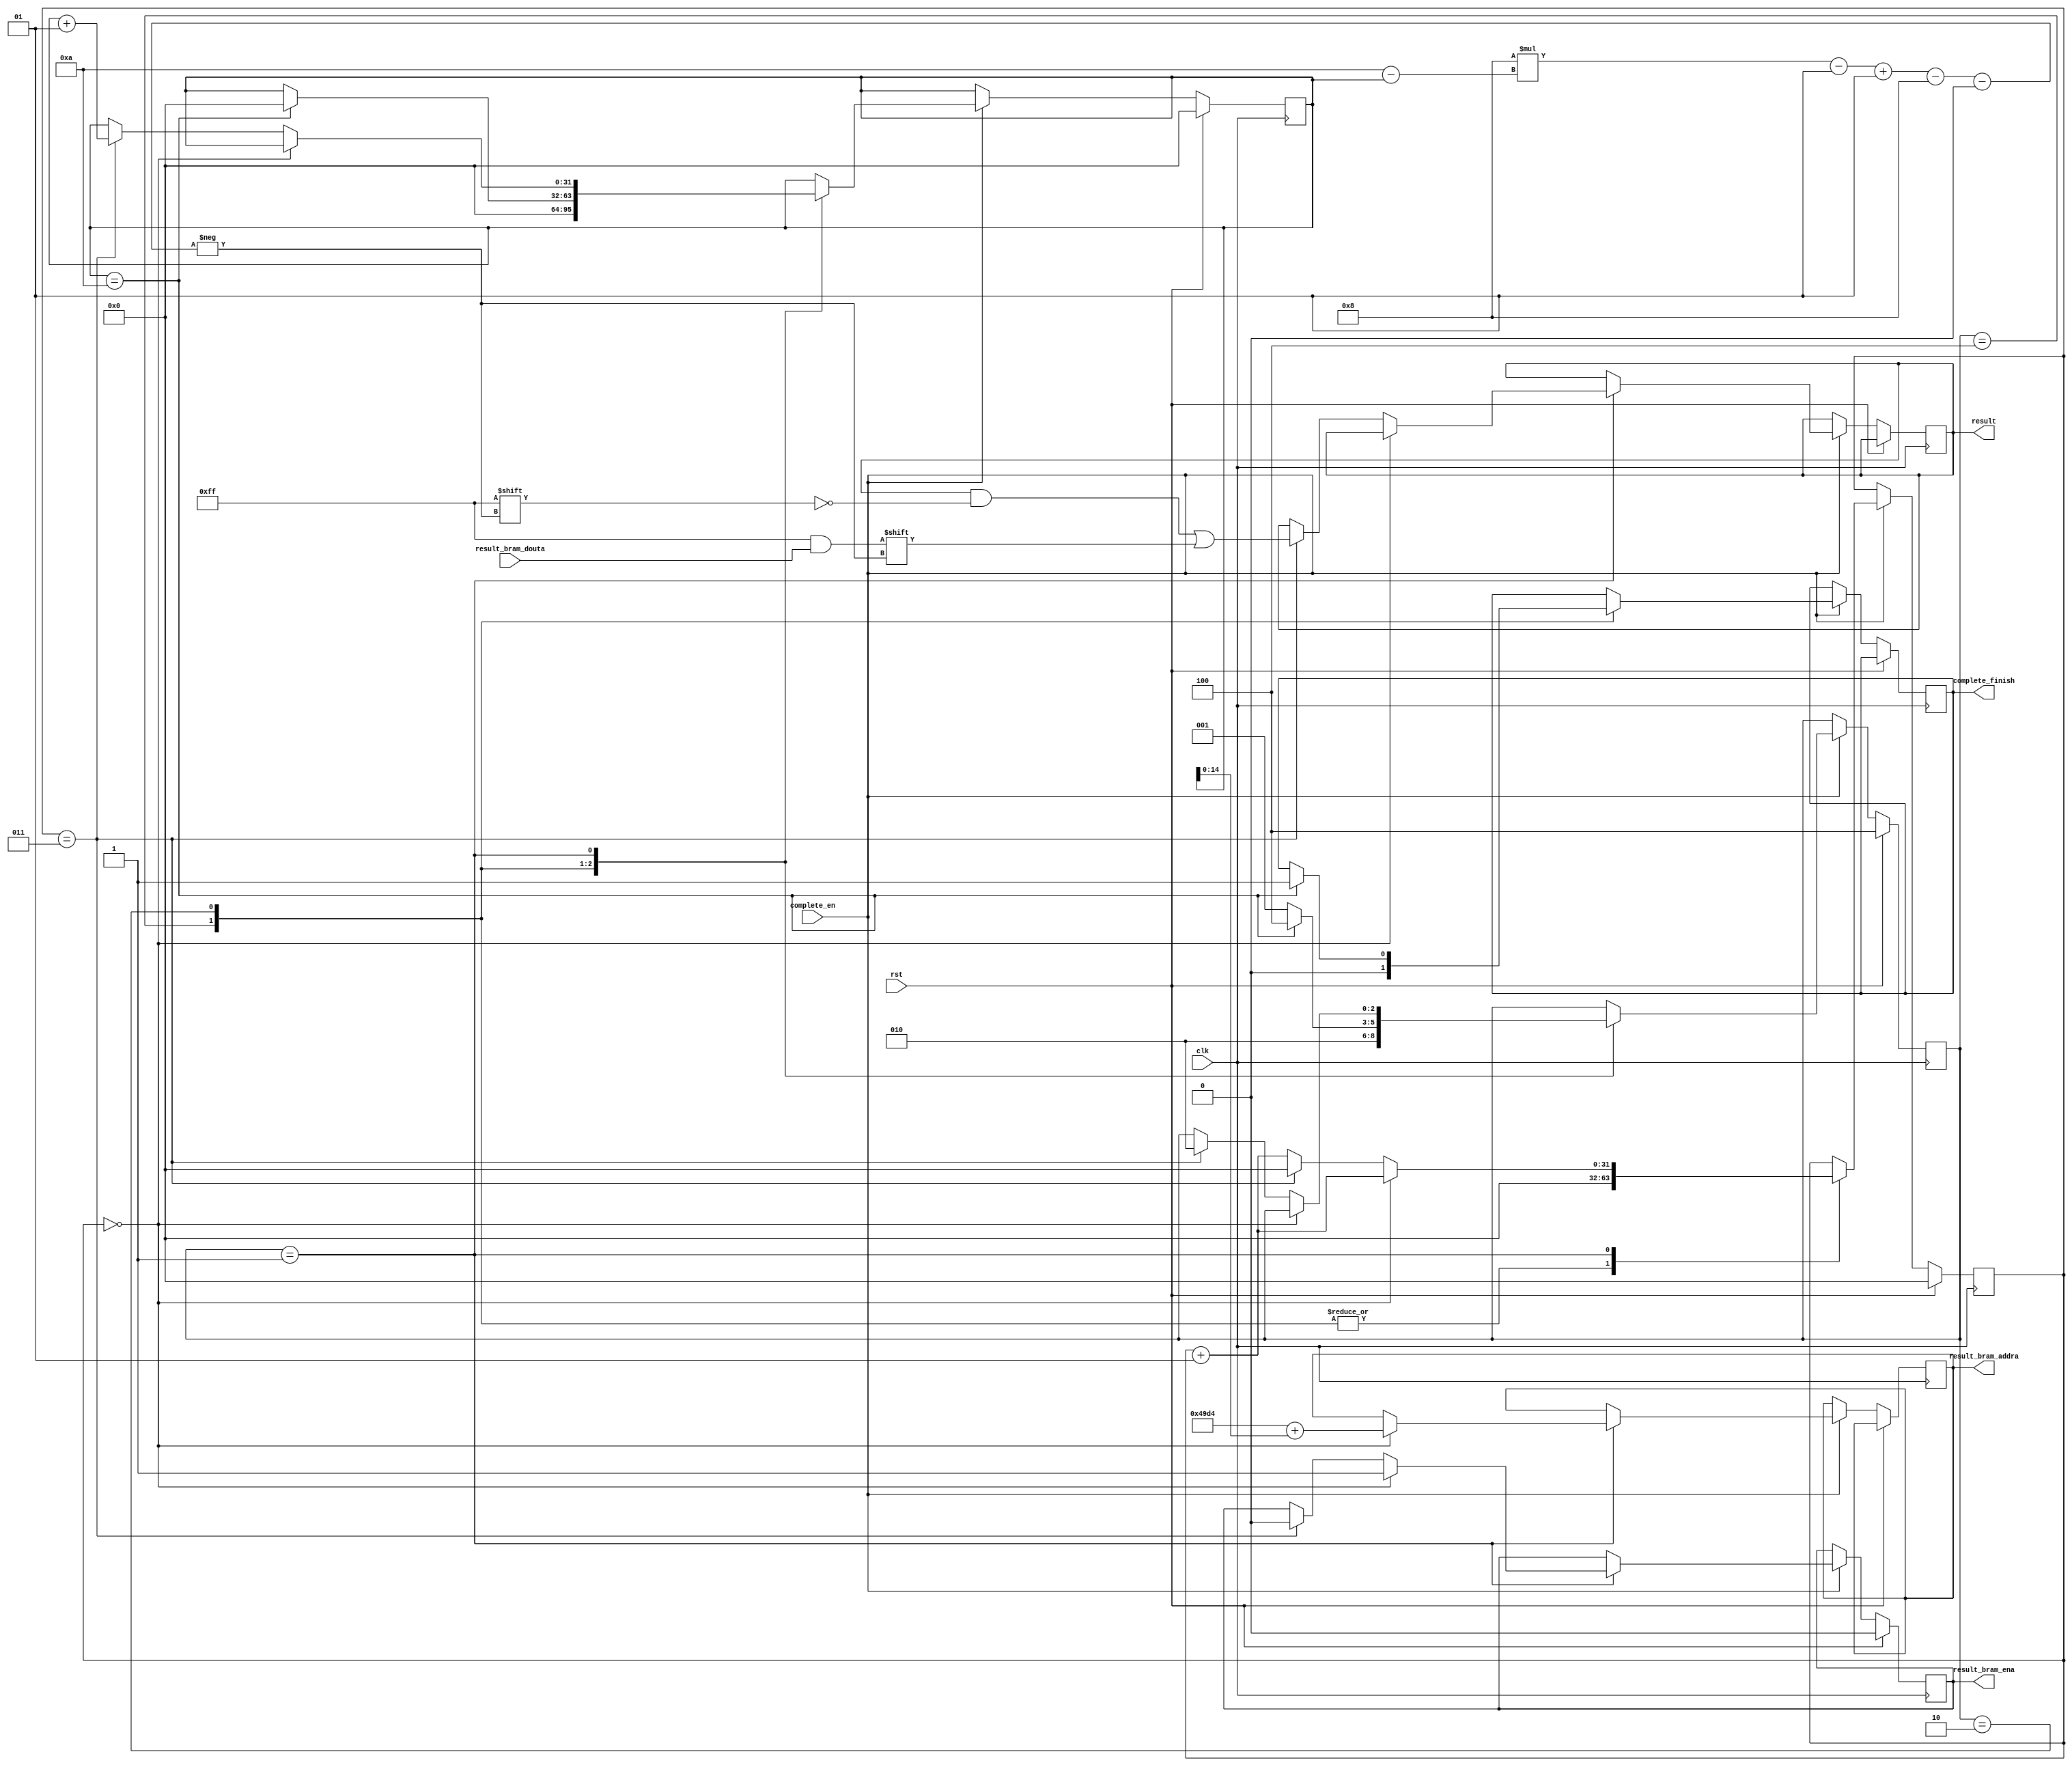
`timescale 1ns / 1ps
//////////////////////////////////////////////////////////////////////////////////
// Company: 
// Engineer: 
// 
// Design Name: 
// Module Name: complete
// Project Name: 
// Target Devices: 
// Tool Versions: 
// Description: 
// 
// Dependencies: 
// 
// Revision:
// Revision 0.01 - File Created
// Additional Comments:
// 
//////////////////////////////////////////////////////////////////////////////////

`define OUTPUT_NODE 10
`define DATA_SIZE 8

module complete(
    clk, rst, complete_en, result_bram_douta,
    result_bram_ena, result_bram_addra,
    result,
    complete_finish
    );
    input clk;
    input rst;
    input complete_en;
    input [`DATA_SIZE-1:0] result_bram_douta;
    output reg result_bram_ena;
    output reg [14:0] result_bram_addra;
    output reg [`DATA_SIZE*`OUTPUT_NODE-1:0] result;
    output reg complete_finish;
    
    parameter fc2_result_base = 18900;
    
    integer count = 0,
            circle = 0,
            data_begin = 0;
            
    reg [2:0] state;
    //reg [`DATA_SIZE*`OUTPUT_NODE-1:0] tempresult;
    //assign result = tempresult;
            
    parameter S_IDLE  = 3'b100,
              S_CHECK = 3'b010,
              S_LOAD  = 3'b001;
    
    always@(posedge clk)
    begin
        if(rst == 1'b1)
        begin
            result_bram_ena <= 1'b0;
            circle <= 0;
            count <= 0;
            state <= S_IDLE;
        end
        else
        begin
            if(complete_en == 1'b1)
            begin
                case(state)
                    S_IDLE:
                    begin
                        circle <= 0;
                        count <= 0;
                        complete_finish <= 1'b0;
                        state <= S_CHECK;
                    end
                    S_CHECK:
                    begin
                        if(count == `OUTPUT_NODE)
                        begin
                            count <= 0;
                            circle <= 0;
                            complete_finish <= 1'b1;
                            state <= S_IDLE;
                        end
                        else
                        begin
                            circle <= 0;
                            state <= S_LOAD;
                        end
                    end
                    S_LOAD:
                    begin
                        if(circle == 0)
                        begin
                            result_bram_ena <= 1'b1;
                            result_bram_addra <= fc2_result_base + count;
                            circle <= circle + 1;
                        end
                        else if(circle == 3)
                        begin
                            data_begin = `DATA_SIZE * (`OUTPUT_NODE - count) - 1;
                            result[data_begin-:8] <= result_bram_douta;
                            count <= count + 1;
                            circle <= 0;
                            result_bram_ena <= 1'b0;
                            state <= S_CHECK;
                        end
                        else
                        begin
                            circle <= circle + 1;
                        end
                    end
                endcase
            end
        end
    end
endmodule